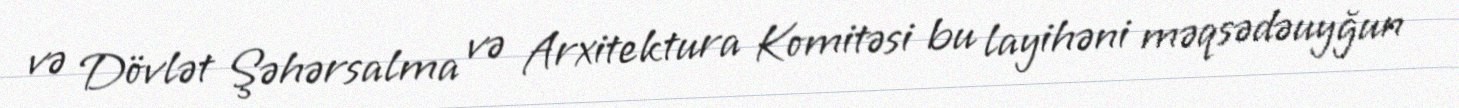
və Dövlət Şəhərsalma və Arxitektura Komitəsi bu layihəni məqsədəuyğun